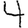
Digit: 4